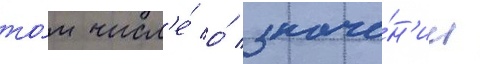
то́м числ'е́ о́ значе́н'ии